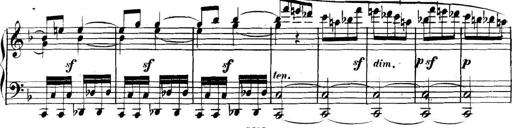
Title: Collected Piano Sonatas
Composer: Muzio Clementi